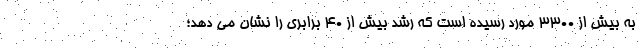
به بیش از ۳۳۰۰ مورد رسیده است که رشد بیش از ۴۰ برابری را نشان می دهد؛